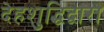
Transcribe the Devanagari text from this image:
देहशुद्धिद्वारा